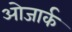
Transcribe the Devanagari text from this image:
ओजार्क